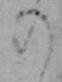
の